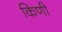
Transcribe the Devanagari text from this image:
किणी